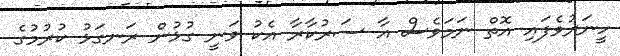
ހީނަރުވެފައި އޮތް ނަމަވެސް އާ ސަރުކާރާ އެކު ވަނީ ގުޅުން ރަނގަޅު ކުރުމުގެ